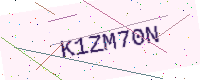
Text: K1ZM70N